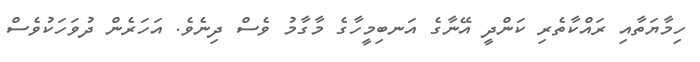
ހިމާޔަތާއި ރައްކާތެރި ކަންދީ އޭނާގެ އަނބިމީހާގެ މާގާމު ވެސް ދިނެވެ. އަހަރެން ދުވަހަކުވެސް